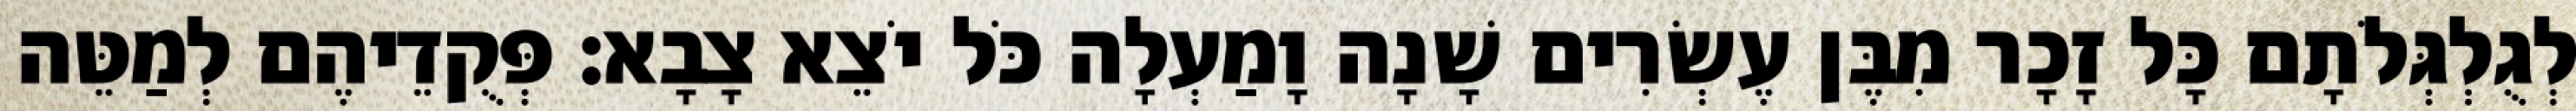
לְגֻלְגְּלֹתָם כָּל זָכָר מִבֶּן עֶשְׂרִים שָׁנָה וָמַעְלָה כֹּל יֹצֵא צָבָא׃ פְּקֻדֵיהֶם לְמַטֵּה